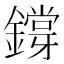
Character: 𨭃